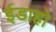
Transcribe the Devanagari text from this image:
ईडाहो